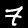
Label: 7